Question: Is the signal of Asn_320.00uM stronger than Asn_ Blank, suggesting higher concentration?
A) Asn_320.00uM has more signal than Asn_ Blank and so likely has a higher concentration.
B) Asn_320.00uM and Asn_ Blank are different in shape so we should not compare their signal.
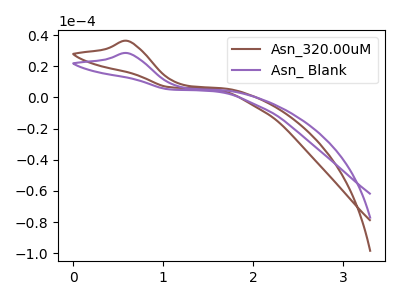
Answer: <think>The brown curve "Asn_320.00uM" has an anodic peak at: (0.60V, 36.20uA). The purple curve "Asn_ Blank" has an anodic peak at: (0.60V, 28.35uA).
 All the peaks in "Asn_320.00uM" have a peak in "Asn_ Blank" at the same potential. Every peak in "Asn_320.00uM" is higher than every peak in "Asn_ Blank".</think>
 <answer>A) "Asn_320.00uM" has more signal than "Asn_ Blank" and so likely has a higher concentration.</answer>
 <eval>A</eval>